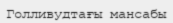
Голливудтағы мансабы